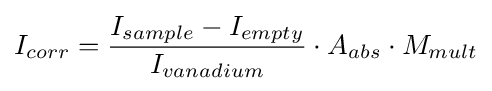
I_{corr}={\frac {I_{sample}-I_{empty}}{I_{vanadium}}}\cdot A_{abs}\cdot M_{mult}